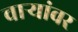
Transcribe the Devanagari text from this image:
वाऱ्यांवर